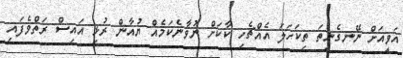
އަވީއަށް ނޭނގެނީތަ ތިކަހަލަ އެއްޗެހި ކާކަށް ނުވާނެކަމެއް ޔުއާން ރުޅި އައިސް ރަތްވެފައި